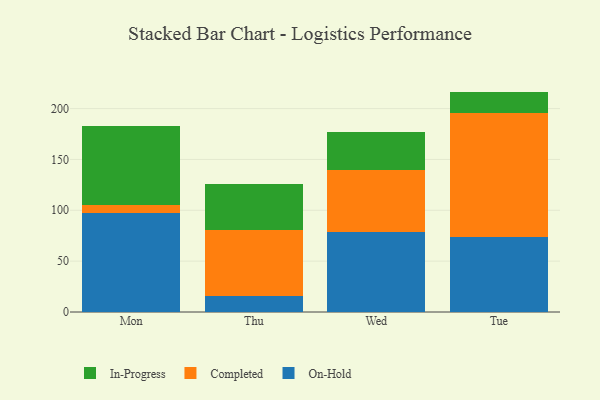
{"axis": {"x": "Day", "y": "Backlog"}, "legend": ["Completed", "In-Progress", "On-Hold"], "data": [{"x": "Mon", "y": 97.3, "type": "On-Hold"}, {"x": "Mon", "y": 8.2, "type": "Completed"}, {"x": "Mon", "y": 77.5, "type": "In-Progress"}, {"x": "Thu", "y": 15.3, "type": "On-Hold"}, {"x": "Thu", "y": 65.1, "type": "Completed"}, {"x": "Thu", "y": 45.2, "type": "In-Progress"}, {"x": "Wed", "y": 78.8, "type": "On-Hold"}, {"x": "Wed", "y": 61.2, "type": "Completed"}, {"x": "Wed", "y": 37.3, "type": "In-Progress"}, {"x": "Tue", "y": 74.0, "type": "On-Hold"}, {"x": "Tue", "y": 121.8, "type": "Completed"}, {"x": "Tue", "y": 20.9, "type": "In-Progress"}]}